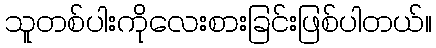
သူတစ်ပါးကိုုလေးစားခြင်းဖြစ်ပါတယ်။